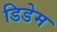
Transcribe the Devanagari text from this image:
डिडेम